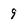
Character: 9